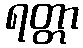
ရတ္တာ